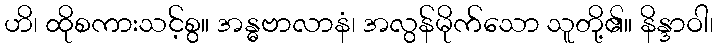
ဟိ၊ ထိုစကားသင့်စွ။ အန္ဓဗာလာနံ၊ အလွန်မိုက်သော သူတို့၏။ နိန္ဒာဝါ၊